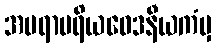
အပရာပရိယဝေဒနီယကံမှ